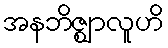
အနဘိဇ္ဈာလူဟိ